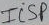
Text: ISCP